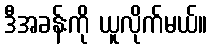
ဒီအခန်းကို ယူလိုက်မယ်။